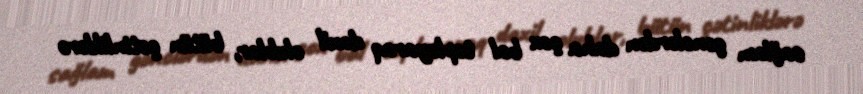
sağlam gənclərdən daha çox bal toplayaraq daxil olublar, bütün çətinliklərə